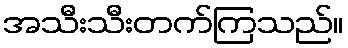
အသီးသီးတက်ကြသည်။